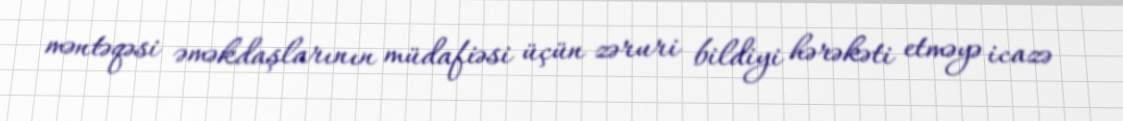
məntəqəsi əməkdaşlarının müdafiəsi üçün zəruri bildiyi hərəkəti etməyə icazə